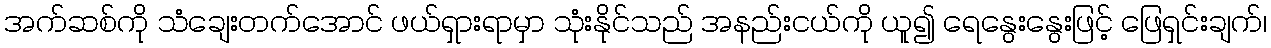
အက်ဆစ်ကို သံချေးတက်အောင် ဖယ်ရှားရာမှာ သုံးနိုင်သည် အနည်းငယ်ကို ယူ၍ ရေနွေးနွေးဖြင့် ဖြေရှင်းချက်၊